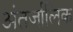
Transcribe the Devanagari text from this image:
अंतर्जालिक